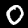
Label: 0